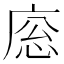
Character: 𢈳